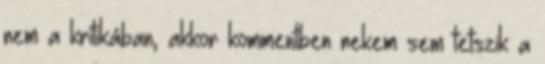
nem a kritikában, akkor kommentben nekem sem tetszik a